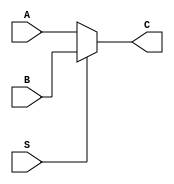

`timescale 1ns/1ns

module mux2x1 (input A, B, S, output C);

  assign C=S? B: A;

endmodule